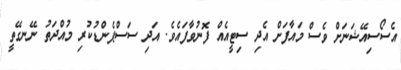
އެސޯސިއޭޝަނަށް ވެސް މައާފަށް އެދި ސިޓީއެއް ފޮނުވާފައެވެ. އަދި ސަސްޕެންޑުކުރި މުއްދަތު ނޭނގޭތީ